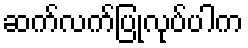
ဆက်လက်ပြုလုပ်ပါက